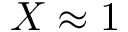
X \approx 1